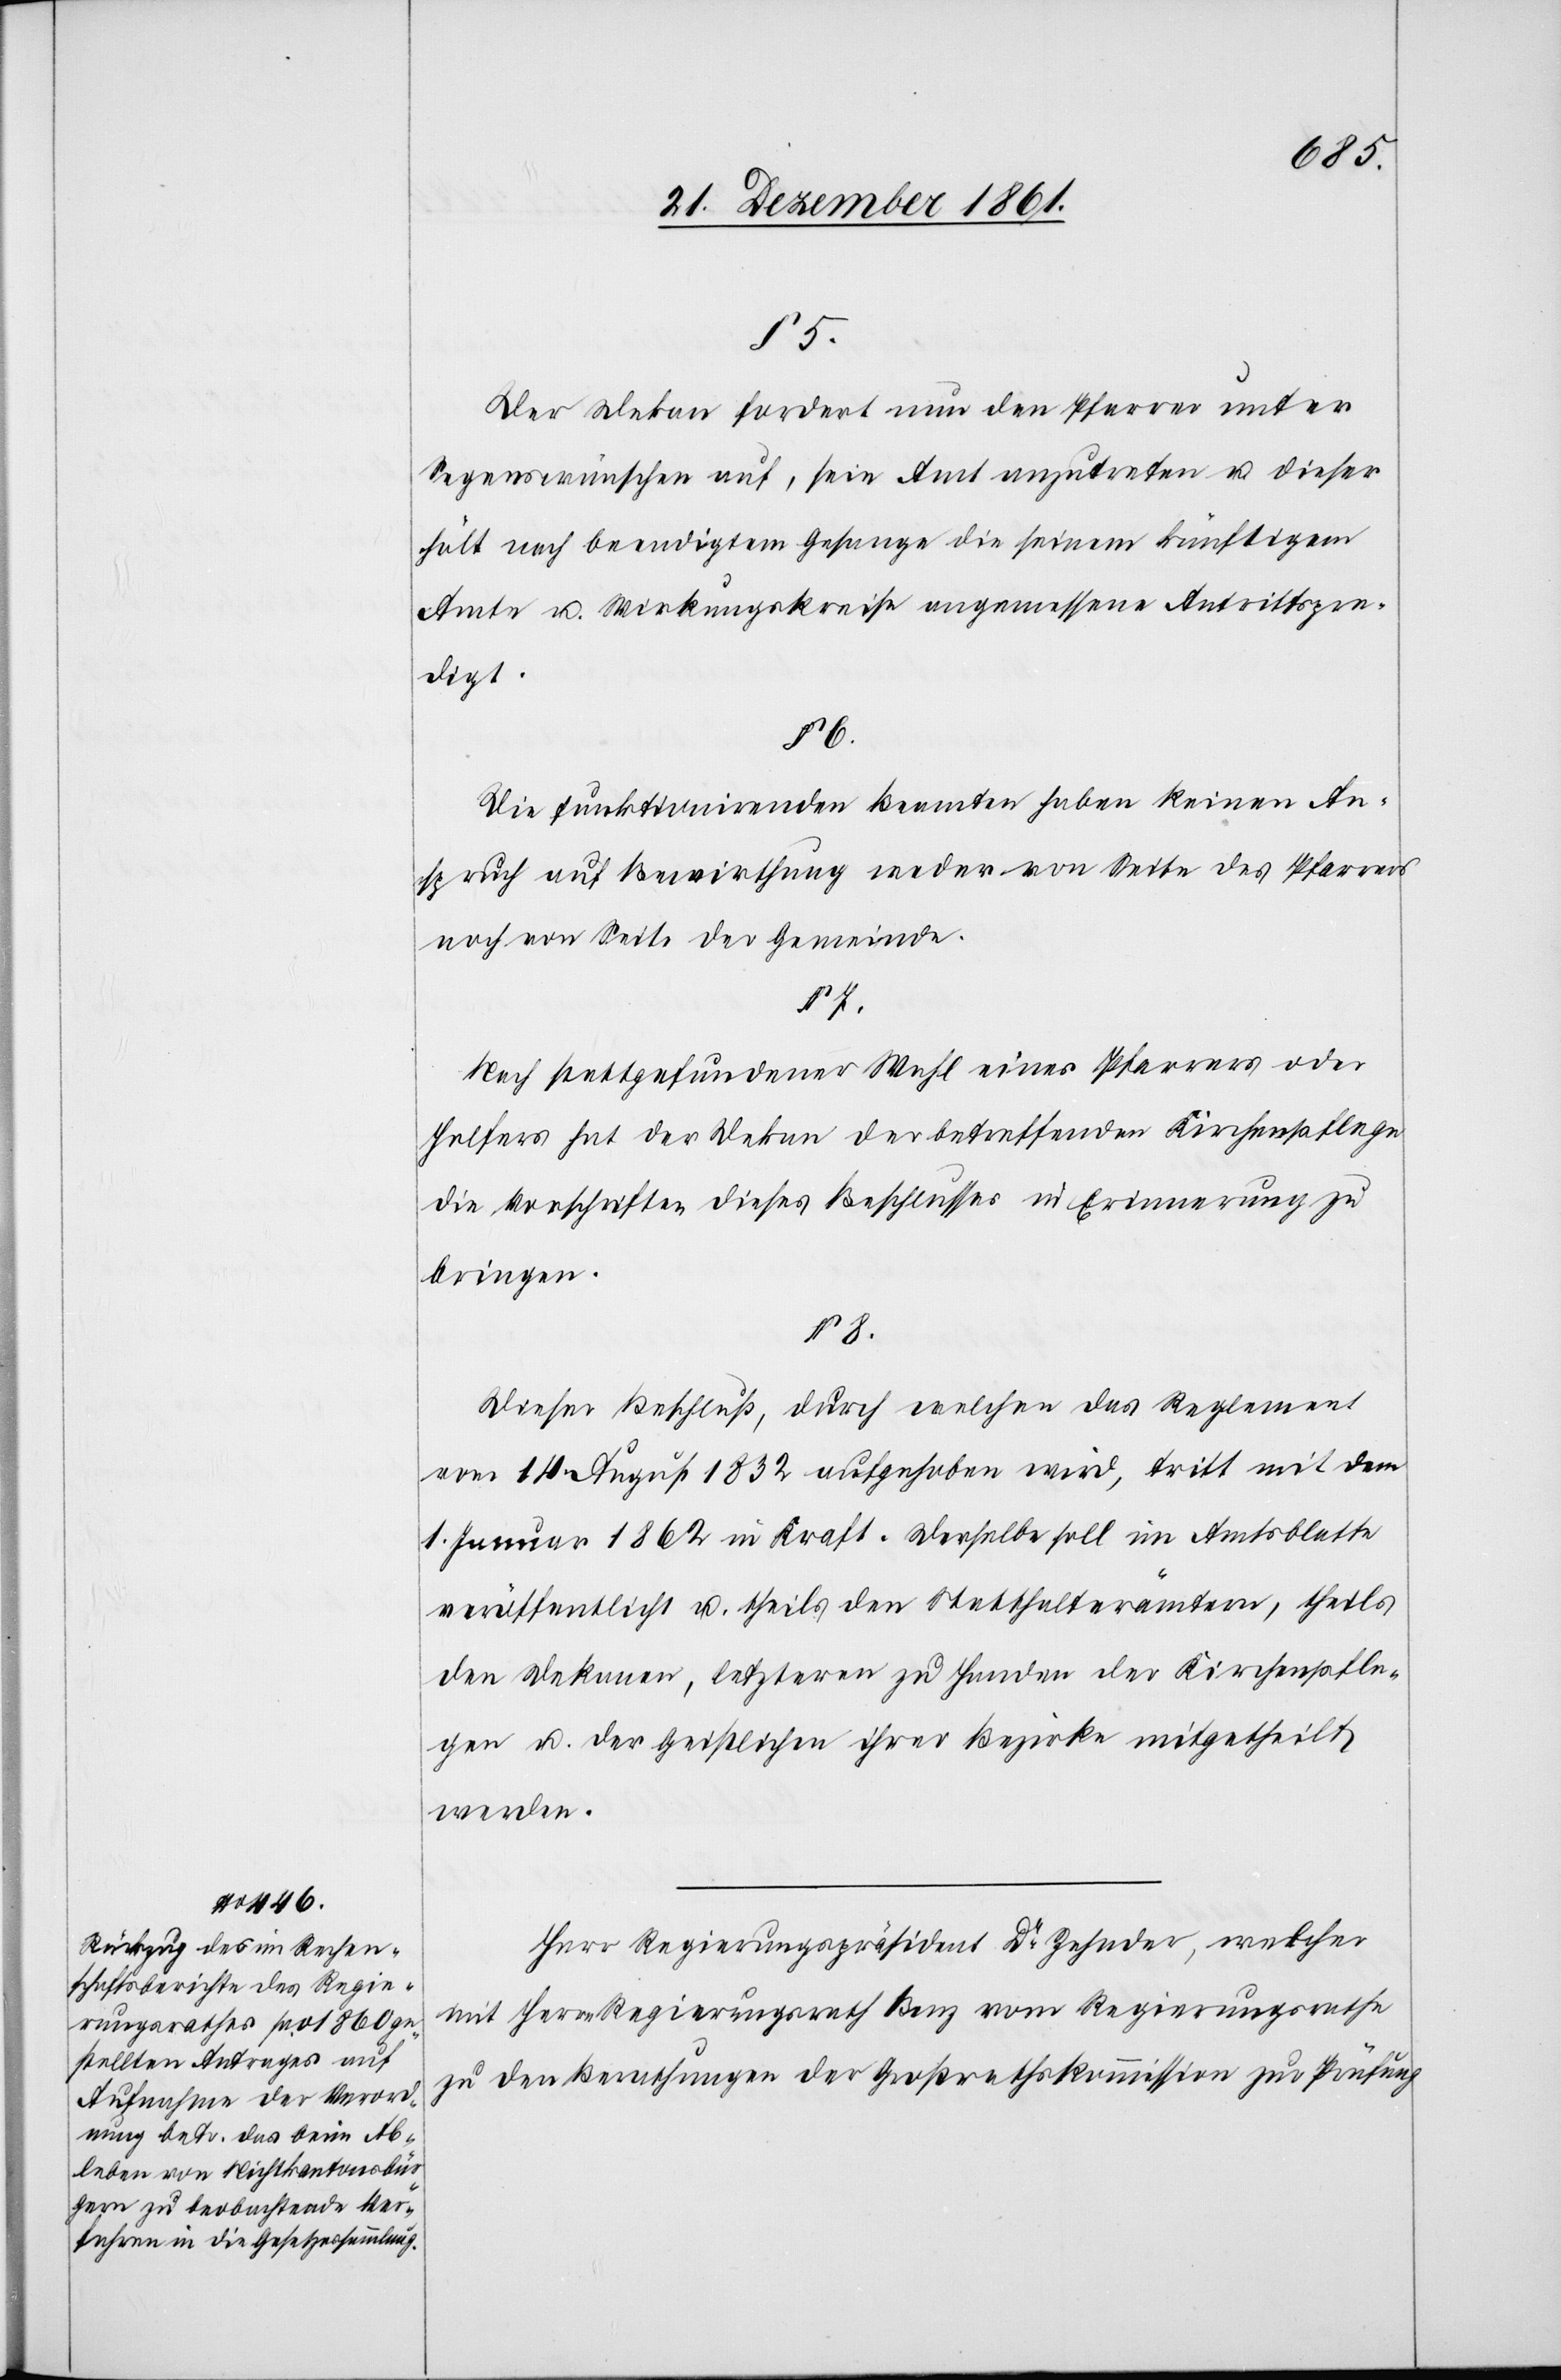
§ 5.
Der Dekan fordert nun den Pfarrer unter
Segenswünschen auf, sein Amt anzutreten u. dieser
hält nach beendigtem Gesange die seinem künftigen
Amte u. Wirkungskreise angemessene Antrittspre¬
digt.
§ 6.
Die funktionirenden Beamten haben keinen An¬
spruch auf Bewirthung weder von Seite des Pfarrers
noch von Seite der Gemeinde.
Nach stattgefundener Wahl eines Pfarrers oder
Helfers hat der Dekan der betreffenden Kirchenpflege
die Vorschriften dieses Beschlusses in Erinnerung zu
bringen.
§ 8.
Dieser Beschluß, durch welchen das Reglement
vom 14 August 1832 aufgehoben wird, tritt mit dem
1 Januar 1862 in Kraft. Derselbe soll im Amtsblatte
veröffentlicht u. theils den Statthalterämtern, theils
den Dekanen, letzteren zu Handen der Kirchenpfle¬
gen u. der Geistlichen ihrer Bezirke mitgetheilt
werden.
Herr Regierungspräsident Dr Zehnder, welcher
mit Herrn Regierungsrath Benz vom Regierungsrathe
zu den Berathungen der Großrathskommission zur Prüfung